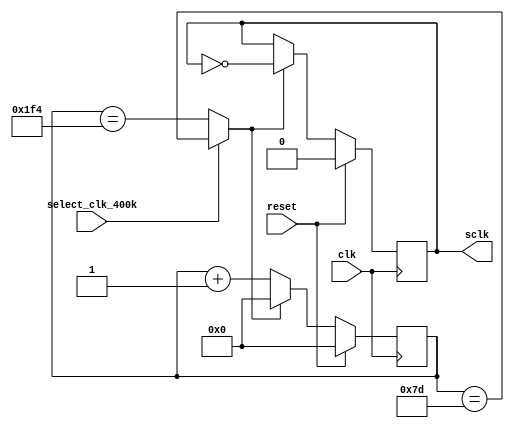
//                              -*- Mode: Verilog -*-
// Description     : DE 0 Nano I2C Clocking
// Last Modified By: Philip Tracton
// Update Count    : 0
// Status          : Unknown, Use with caution!

module i2c_clocking (/*AUTOARG*/
   // Outputs
   sclk,
   // Inputs
   clk, reset, select_clk_400k
   ) ;
   input clk;
   input reset;
   input select_clk_400k;
   
   output sclk;

   /*AUTOWIRE*/
   /*AUTOREG*/
   // Beginning of automatic regs (for this module's undeclared outputs)
   reg			sclk;
   // End of automatics

   //
   // Divided down 50M/100K = 500
   // Divided down 50M/400K = 125
   //
   
   reg [8:0] clk_count;
   wire      clk_count_done = (select_clk_400k) ? (clk_count == 9'd125) :(clk_count == 9'd500);   
   always @(posedge clk)
     if (reset) begin
	clk_count <= 'b0;	
     end else begin
	if (clk_count_done) begin
	   clk_count <= 'b0;	   
	end else begin
	   clk_count <= clk_count + 1;	   
	end
     end

   always @(posedge clk)
     if (reset) begin
	sclk <= 1'b0;	
     end else begin
	if (clk_count_done) begin
	   sclk <= ~sclk;	   
	end
     end
   
endmodule // i2c_clocking